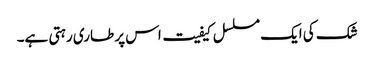
شک کی ایک مسلسل کیفیت اس پر طاری رہتی ہے۔